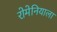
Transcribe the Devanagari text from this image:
रोमेनियाला